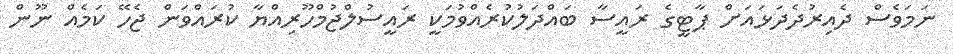
ނަމަވެސް ދެއިރުދެދަޅައަށް ޕާޓީގެ ރައީސާ ބައްދަލުކުރެއްވުމަކީ ރައީސުލްޖުމްހޫރިއްޔާ ކުރައްވަން ޖެހޭ ކަމެއް ނޫން